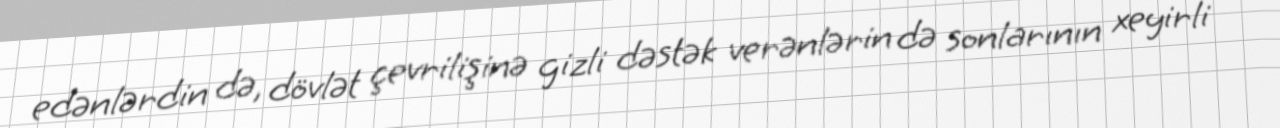
edənlərdin də, dövlət çevrilişinə gizli dəstək verənlərin də sonlarının xeyirli